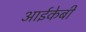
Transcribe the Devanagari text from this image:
आईकेबी